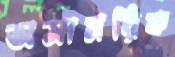
অসামরিক